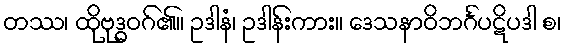
တဿ၊ ထိုဗုဒ္ဓဝဂ်၏။ ဥဒါနံ၊ ဥဒါန်းကား။ ဒေသနာဝိဘင်္ဂပဋိပဒါ စ၊